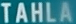
TAHLA